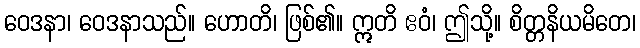
ဝေဒနာ၊ ဝေဒနာသည်။ ဟောတိ၊ ဖြစ်၏။ ဣတိ ဧဝံ၊ ဤသို့။ စိတ္တနိယမိတေ၊